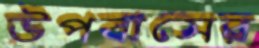
উপবাসের